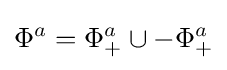
\Phi ^{a}=\Phi _{+}^{a}\cup -\Phi _{+}^{a}